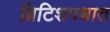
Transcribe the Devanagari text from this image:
ब्रिटिशपश्चात